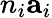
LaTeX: n_{i}\mathbf{a}_{i}